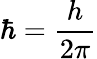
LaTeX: {\hbar}={\frac{h}{2\pi}}